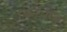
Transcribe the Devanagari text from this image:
ध्‍यनमग्‍न